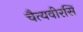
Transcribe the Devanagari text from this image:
चैत्यवीरसिं